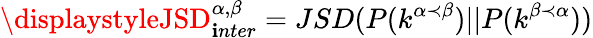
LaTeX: \displaystyleJSD_{\mathbf{i}nter}^{\alpha,\beta}=JSD(P(k^{\alpha\prec\beta})||P(k^{\beta\prec\alpha}))